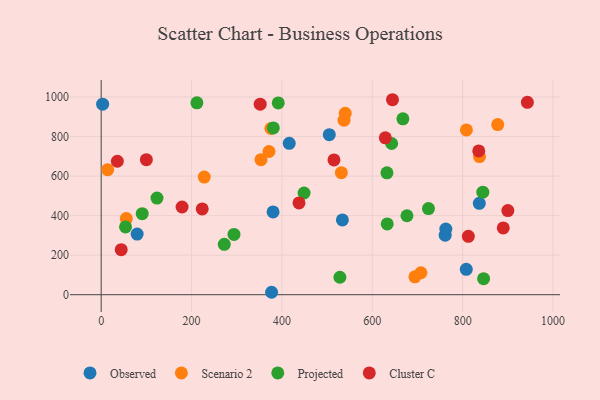
{"axis": {"x": "Engine Size", "y": "Profit"}, "legend": ["Cluster C", "Observed", "Projected", "Scenario 2"], "data": [{"x": "3.2", "y": 963.9, "type": "Observed"}, {"x": "761.3", "y": 301.0, "type": "Observed"}, {"x": "416.2", "y": 765.7, "type": "Observed"}, {"x": "762.7", "y": 332.2, "type": "Observed"}, {"x": "836.8", "y": 462.4, "type": "Observed"}, {"x": "808.0", "y": 128.6, "type": "Observed"}, {"x": "377.1", "y": 12.3, "type": "Observed"}, {"x": "380.4", "y": 418.8, "type": "Observed"}, {"x": "504.8", "y": 809.3, "type": "Observed"}, {"x": "79.6", "y": 306.9, "type": "Observed"}, {"x": "533.8", "y": 378.4, "type": "Observed"}, {"x": "537.5", "y": 882.9, "type": "Scenario 2"}, {"x": "877.6", "y": 860.4, "type": "Scenario 2"}, {"x": "375.7", "y": 841.3, "type": "Scenario 2"}, {"x": "808.2", "y": 833.3, "type": "Scenario 2"}, {"x": "353.7", "y": 683.3, "type": "Scenario 2"}, {"x": "837.2", "y": 698.9, "type": "Scenario 2"}, {"x": "14.3", "y": 632.3, "type": "Scenario 2"}, {"x": "540.1", "y": 918.0, "type": "Scenario 2"}, {"x": "371.3", "y": 724.4, "type": "Scenario 2"}, {"x": "707.6", "y": 111.1, "type": "Scenario 2"}, {"x": "228.1", "y": 595.1, "type": "Scenario 2"}, {"x": "531.5", "y": 617.4, "type": "Scenario 2"}, {"x": "55.6", "y": 385.3, "type": "Scenario 2"}, {"x": "694.3", "y": 90.5, "type": "Scenario 2"}, {"x": "642.8", "y": 764.8, "type": "Projected"}, {"x": "667.7", "y": 889.8, "type": "Projected"}, {"x": "528.3", "y": 88.3, "type": "Projected"}, {"x": "123.5", "y": 489.0, "type": "Projected"}, {"x": "633.0", "y": 357.9, "type": "Projected"}, {"x": "676.7", "y": 399.3, "type": "Projected"}, {"x": "381.0", "y": 843.9, "type": "Projected"}, {"x": "724.3", "y": 435.9, "type": "Projected"}, {"x": "293.9", "y": 305.0, "type": "Projected"}, {"x": "391.9", "y": 970.3, "type": "Projected"}, {"x": "449.0", "y": 514.6, "type": "Projected"}, {"x": "846.3", "y": 80.9, "type": "Projected"}, {"x": "272.4", "y": 254.9, "type": "Projected"}, {"x": "844.6", "y": 518.6, "type": "Projected"}, {"x": "632.4", "y": 616.7, "type": "Projected"}, {"x": "53.9", "y": 343.1, "type": "Projected"}, {"x": "211.8", "y": 970.7, "type": "Projected"}, {"x": "90.8", "y": 409.8, "type": "Projected"}, {"x": "644.7", "y": 986.3, "type": "Cluster C"}, {"x": "100.0", "y": 683.3, "type": "Cluster C"}, {"x": "835.6", "y": 727.1, "type": "Cluster C"}, {"x": "351.9", "y": 963.9, "type": "Cluster C"}, {"x": "515.2", "y": 681.8, "type": "Cluster C"}, {"x": "35.8", "y": 675.1, "type": "Cluster C"}, {"x": "44.3", "y": 227.7, "type": "Cluster C"}, {"x": "223.6", "y": 434.1, "type": "Cluster C"}, {"x": "179.0", "y": 443.7, "type": "Cluster C"}, {"x": "889.8", "y": 337.9, "type": "Cluster C"}, {"x": "943.2", "y": 973.0, "type": "Cluster C"}, {"x": "628.8", "y": 793.8, "type": "Cluster C"}, {"x": "900.0", "y": 425.6, "type": "Cluster C"}, {"x": "812.6", "y": 295.1, "type": "Cluster C"}, {"x": "437.8", "y": 464.3, "type": "Cluster C"}]}